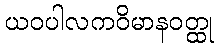
ယဝပါလကဝိမာနဝတ္ထု